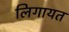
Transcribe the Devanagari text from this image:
लिगायत